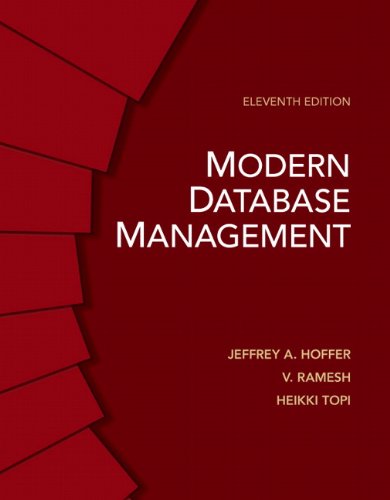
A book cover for Modern Database Management (11th Edition); Jeffrey A. Hoffer; Computers & Technology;